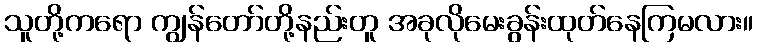
သူတို့ကရော ကျွန်တော်တို့နည်းတူ အခုလိုမေးခွန်းထုတ်နေကြမလား။